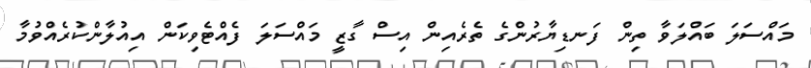
މައްސަލަ ބައްލަވާ ތިން ފަނޑިޔާރުންގެ ތެރެއިން އިސް ގާޒީ މައްސަލަ ފެއްޓެވިކަން އިއުލާންކުރެއްވުމާ